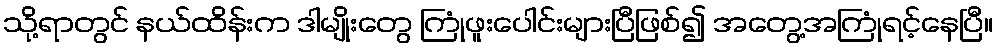
သို့ရာတွင် နယ်ထိန်းက ဒါမျိုးတွေ ကြုံဖူးပေါင်းများပြီဖြစ်၍ အတွေ့အကြုံရင့်နေပြီ။